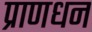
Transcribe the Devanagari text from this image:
प्राणधन